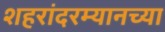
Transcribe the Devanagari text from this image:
शहरांदरम्यानच्या